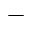
-